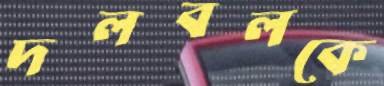
দলবলকে